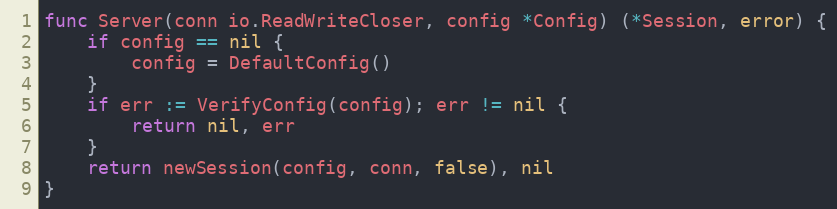
Language: Go
func Server(conn io.ReadWriteCloser, config *Config) (*Session, error) {
	if config == nil {
		config = DefaultConfig()
	}
	if err := VerifyConfig(config); err != nil {
		return nil, err
	}
	return newSession(config, conn, false), nil
}